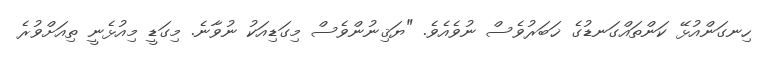
ހިނގަންއުޅޭ ކަންތައްގަނޑުގެ ޚަބަރުވެސް ނުވެއެވެ. "ޔަޤިނުންވެސް މިގަޑިއަކު ނުވާނެ. މިގަޑީ މިއުޅެނީ ތިއަށްވުރެ